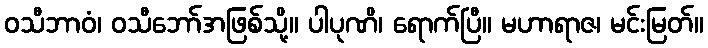
ဝသီဘာဝံ၊ ဝသီဘော်အဖြစ်သို့။ ပါပုဏိ၊ ရောက်ပြီ။ မဟာရာဇ၊ မင်းမြတ်။